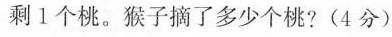
剩1个桃。猴子摘了多少个桃？(4分)